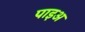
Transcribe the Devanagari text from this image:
पाइअ